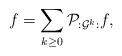
LaTeX: \begin{align*}f=\sum_{k\ge 0}\mathcal{P}_{:\mathcal{G}^k:}f,\end{align*}